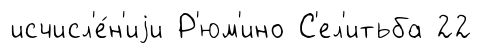
исчисл'е́н'иjи Р'юм'ино С'ел'итьба 22